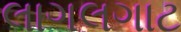
લાગલગાટ